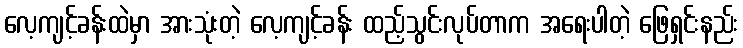
လေ့ကျင့်ခန်းထဲမှာ အားသုံးတဲ့ လေ့ကျင့်ခန်း ထည့်သွင်းလုပ်တာက အရေးပါတဲ့ ဖြေရှင်းနည်း